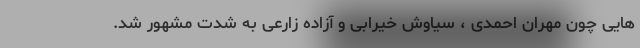
هایی چون مهران احمدی ، سیاوش خیرابی و آزاده زارعی به شدت مشهور شد.